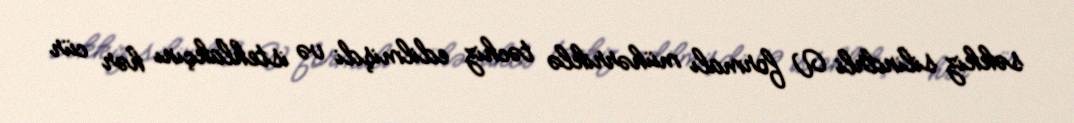
səkkiz silindrli V formalı mühərriklə təchiz edilmişdi və istehlakçını hər cür